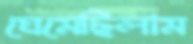
ঘেমেছিলাম